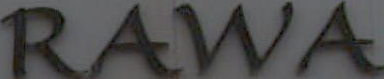
RAWA